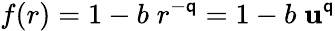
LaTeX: f(r)=1-b\; r^{-\mathsf{q}}=1-b\; \mathbf{u}^{\mathsf{q}}